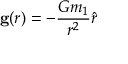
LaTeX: \mathbf { g } ( r ) = - { \frac { G m _ { 1 } } { r ^ { 2 } } } { \hat { r } }